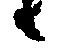
候